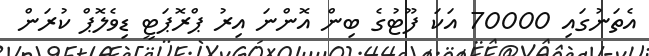
އެތަނުގައި 70000 އަކަ ފޫޓުގެ ބިން އޮންނަ އިރު ޕްރޮޕަޓީ ޑިވެލޮޕް ކުރަން